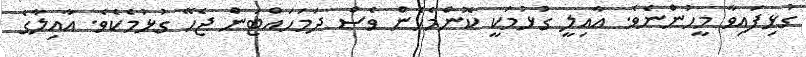
ގުޅިފައިވާ މީހުންނެވެ. އާއިލީ ގުޅުމަކީ ކޮންމެހެން ވެސް ދަމަހައްޓަން ޖެހޭ ގުޅުމެކެވެ. އާއިލާގެ